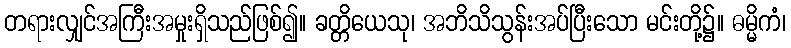
တရားလျှင်အကြီးအမှုးရှိသည်ဖြစ်၍။ ခတ္တိယေသု၊ အဘိသိသွန်းအပ်ပြီးသော မင်းတို့၌။ ဓမ္မိကံ၊